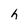
Character: h